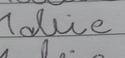
Signature authenticity: forged